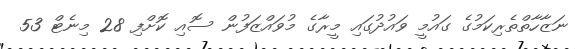
ނަޒާހާތްތެރިކަމުގެ ގައުމީ ވައުދުގައި މީރާގެ މުވައްޒަފުން ސޮއި ކޮށްފި 28 މިނެޓް 53